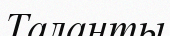
Таланты